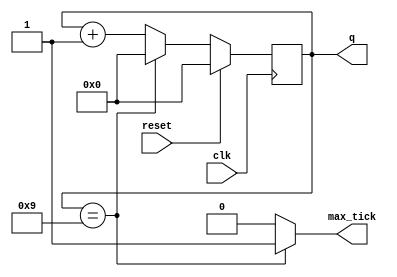
`timescale 1ns / 1ps

module mod_m_counter
#(
	parameter N = 4, //number of bits in counter
	parameter M = 10 //mod-M
)
(
	input wire clk,
	input wire reset,

	output wire max_tick,
	output wire [N-1:0] q
);

reg 	[N-1:0] r_reg;
wire 	[N-1:0] r_next;
	
always@(posedge clk)
begin
	if (reset) begin
		r_reg <= 0;
	end else begin
		r_reg <= r_next;
	end
end

//next-state logic
assign r_next = (r_reg==(M-1)) ? 0 : r_reg + 1;

//output
assign q = r_reg;
assign max_tick = (r_reg==(M-1)) ? 1'b1 : 1'b0;


endmodule